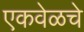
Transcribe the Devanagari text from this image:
एकवेळचे